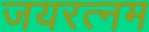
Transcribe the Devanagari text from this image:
जयरत्नम